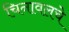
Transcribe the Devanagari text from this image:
चिनावलचे